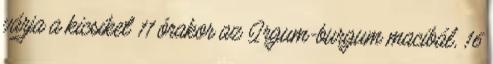
várja a kicsiket 11 órakor az Irgum-burgum macibál, 16